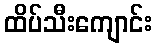
ထိပ်သီးကျောင်း